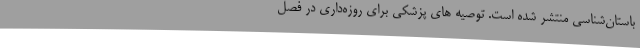
باستان‌شناسی منتشر شده است. توصیه های پزشکی برای روزه‌داری در فصل